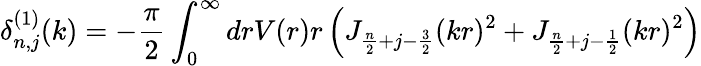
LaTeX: \delta_{n,j}^{(1)}(k)=-\frac{\pi}{2}\int_{0}^{\infty}drV(r)r\left(J_{\frac{n}{2}+j-\frac{3}{2}}(kr)^{2}+J_{\frac{n}{2}+j-\frac{1}{2}}(kr)^{2}\right)